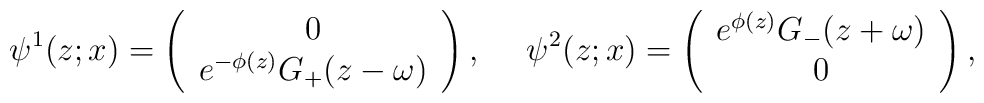
\psi^1(z;x)=\left(\begin{array}{cr}0 \\ e^{-\phi(z)}G_+(z-\omega)\end{array}\right),~~~~\psi^2(z;x)=\left(\begin{array}{cr}e^{\phi(z)}G_-(z+\omega)\\0\end{array}\right),